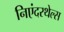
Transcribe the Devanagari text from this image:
निएंदरथेल्स